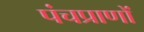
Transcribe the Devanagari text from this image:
पंचप्राणों